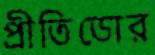
প্রীতিডোর